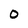
Character: 0